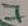
Text: 7